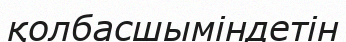
қолбасшыміндетін